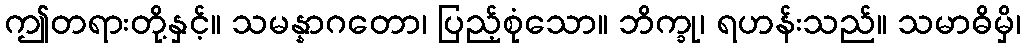
ဤတရားတို့နှင့်။ သမန္နာဂတော၊ ပြည့်စုံသော။ ဘိက္ခု၊ ရဟန်းသည်။ သမာဓိမှိ၊